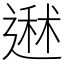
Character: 䢤